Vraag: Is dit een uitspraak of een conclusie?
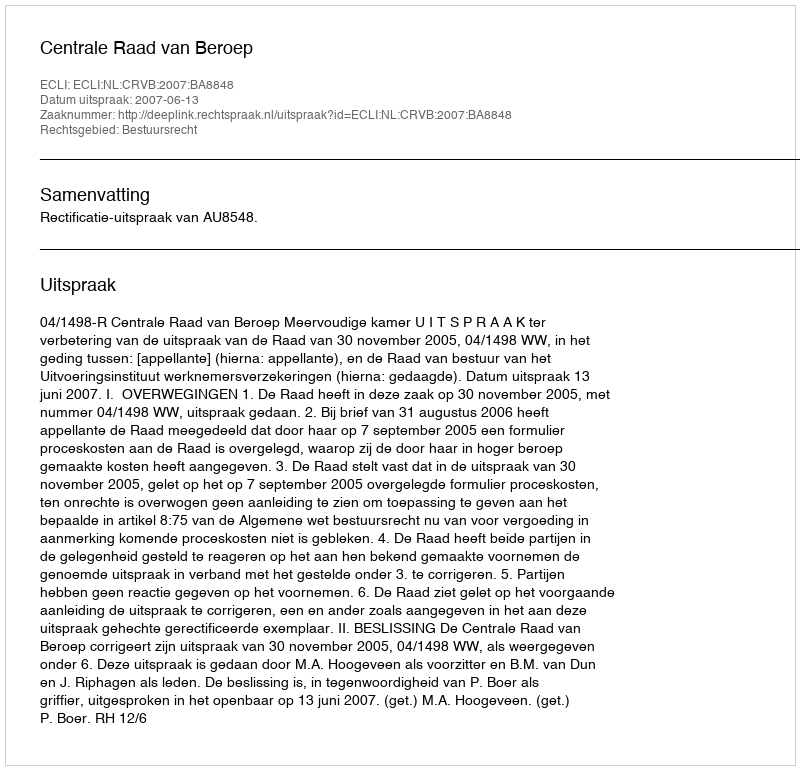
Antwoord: Uitspraak